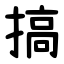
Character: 搞